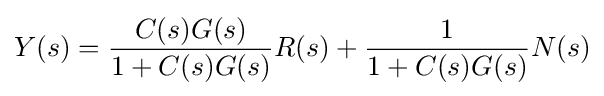
Y(s)={\frac {C(s)G(s)}{1+C(s)G(s)}}R(s)+{\frac {1}{1+C(s)G(s)}}N(s)